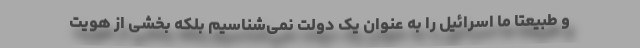
و طبیعتا ما اسرائیل را به عنوان یک دولت نمی‌شناسیم بلکه بخشی از هویت